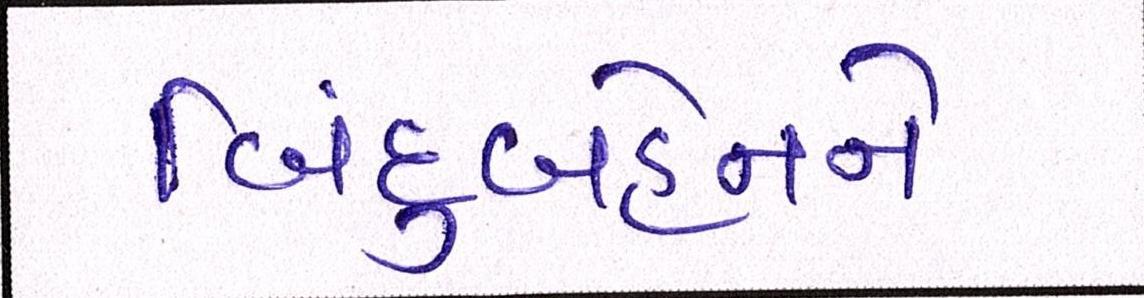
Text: બિંદુબહેનને